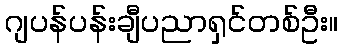
ဂျပန်ပန်းချီပညာရှင်တစ်ဦး။